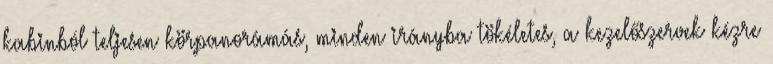
kabinból teljesen körpanorámás, minden irányba tökéletes, a kezelőszervek kézre